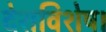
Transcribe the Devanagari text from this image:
देशविशेष।